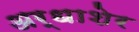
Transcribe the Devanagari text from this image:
अर्धाशेर